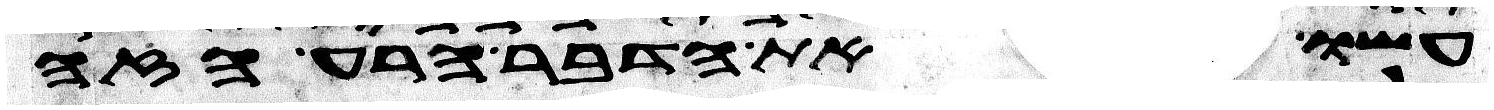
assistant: עשו את הדבר הרע הזה